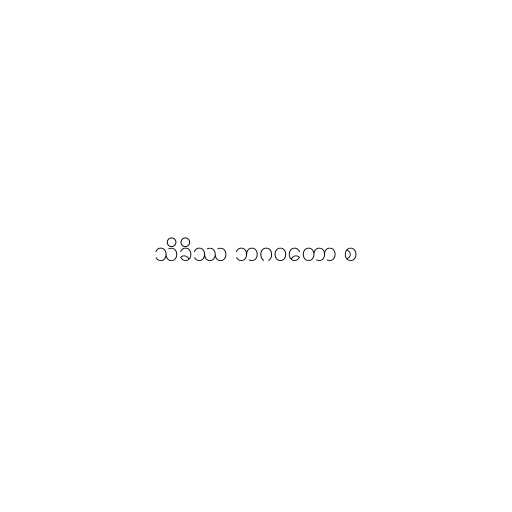
သိခိဿ ဘဂဝတော စ